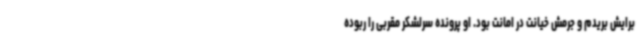
برایش بریدم و جرمش خیانت در امانت بود. او پرونده سرلشکر مقربی را ربوده